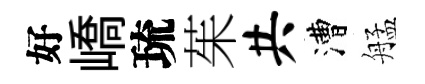
好嶠琉茱共漕艋